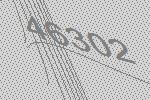
46302